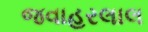
જવાહરલાલ